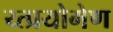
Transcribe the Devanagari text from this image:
य्त्प्रयोगेण